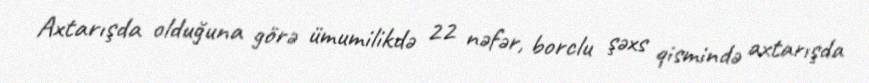
Axtarışda olduğuna görə ümumilikdə 22 nəfər, borclu şəxs qismində axtarışda